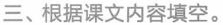
三、根据课文内容填空。